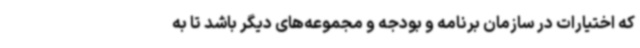
که اختیارات در سازمان برنامه و بودجه و مجموعه‌های دیگر باشد تا به